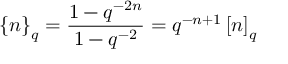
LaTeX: \left\{ n \right\} _ { q } = \frac { 1 - q ^ { - 2 n } } { 1 - q ^ { - 2 } } = q ^ { - n + 1 } \left[ n \right] _ { q }